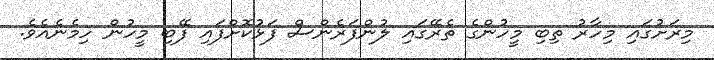
މިރަށުގައި މިހާރު ތިބި މީހުންގެ ތެރޭގައި ލުންފަރެންސް ފަޅުކޮށްފައި ފޭބި މީހުން ހިމެނެއެވެ.